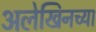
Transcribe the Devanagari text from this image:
अलेखिनच्या